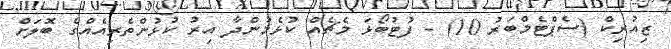
ޒިއުރިކް (ސެޕްޓެމްބަރު 10) - ފުޓުބޯޅަ މެޗެއް ކުޅެމުންދާ އިރު ކުޅުންތެރިއެއްގެ ބޮލަށް